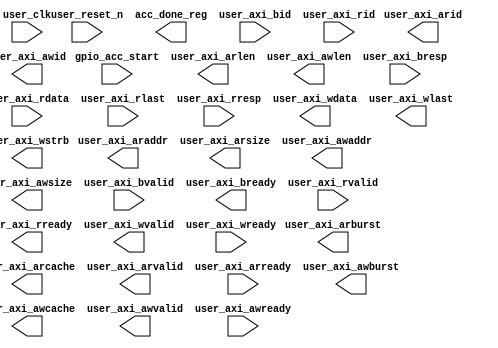

`timescale 1 ns / 1 ns

module dnn_acc_top (
    user_clk,
    user_reset_n,
    acc_done_reg,
    gpio_acc_start,
    user_axi_araddr,
    user_axi_arburst,
    user_axi_arid,
    user_axi_arlen,
    user_axi_arsize,
    user_axi_arcache,
    user_axi_arvalid,
    user_axi_arready,
    user_axi_awaddr,
    user_axi_awburst,
    user_axi_awid,
    user_axi_awlen,
    user_axi_awsize,
    user_axi_awcache,
    user_axi_awvalid,
    user_axi_awready,
    user_axi_bid,
    user_axi_bresp,
    user_axi_bvalid,
    user_axi_bready,
    user_axi_rdata,
    user_axi_rid,
    user_axi_rlast,
    user_axi_rresp,
    user_axi_rvalid,
    user_axi_rready,
    user_axi_wdata,
    user_axi_wlast,
    user_axi_wstrb,
    user_axi_wvalid,
    user_axi_wready);

  input  user_clk;
  input  user_reset_n;

  output acc_done_reg;
  input  gpio_acc_start;

  output [31:0]user_axi_araddr;
  output [ 1:0]user_axi_arburst;
  output [ 0:0]user_axi_arid;
  output [ 3:0]user_axi_arlen;
  output [ 2:0]user_axi_arsize;
  output [ 3:0]user_axi_arcache;
  output       user_axi_arvalid;
  input        user_axi_arready;

  output [31:0]user_axi_awaddr;
  output [ 1:0]user_axi_awburst;
  output [ 0:0]user_axi_awid;
  output [ 3:0]user_axi_awlen;
  output [ 2:0]user_axi_awsize;
  output [ 3:0]user_axi_awcache;
  output       user_axi_awvalid;
  input        user_axi_awready;

  input [0:0]  user_axi_bid;
  input [1:0]  user_axi_bresp;
  input        user_axi_bvalid;
  output       user_axi_bready;

  input [63:0] user_axi_rdata;
  input [ 0:0] user_axi_rid;
  input        user_axi_rlast;
  input [ 1:0] user_axi_rresp;
  input        user_axi_rvalid;
  output       user_axi_rready;

  output [63:0]user_axi_wdata;
  output       user_axi_wlast;
  output [ 7:0]user_axi_wstrb;
  output       user_axi_wvalid;
  input        user_axi_wready;

endmodule